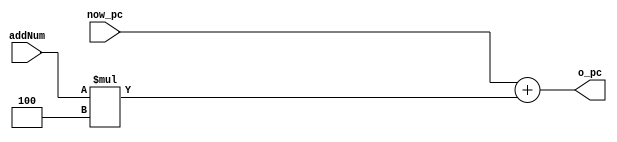
`timescale 1ns / 1ps

module PCAddIm(
  input [31:0] now_pc, 
  input [31:0] addNum, 
  output [31:0] o_pc
);
  assign o_pc = now_pc  + (addNum * 4); //  
endmodule